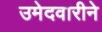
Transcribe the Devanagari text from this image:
उमेदवारीने